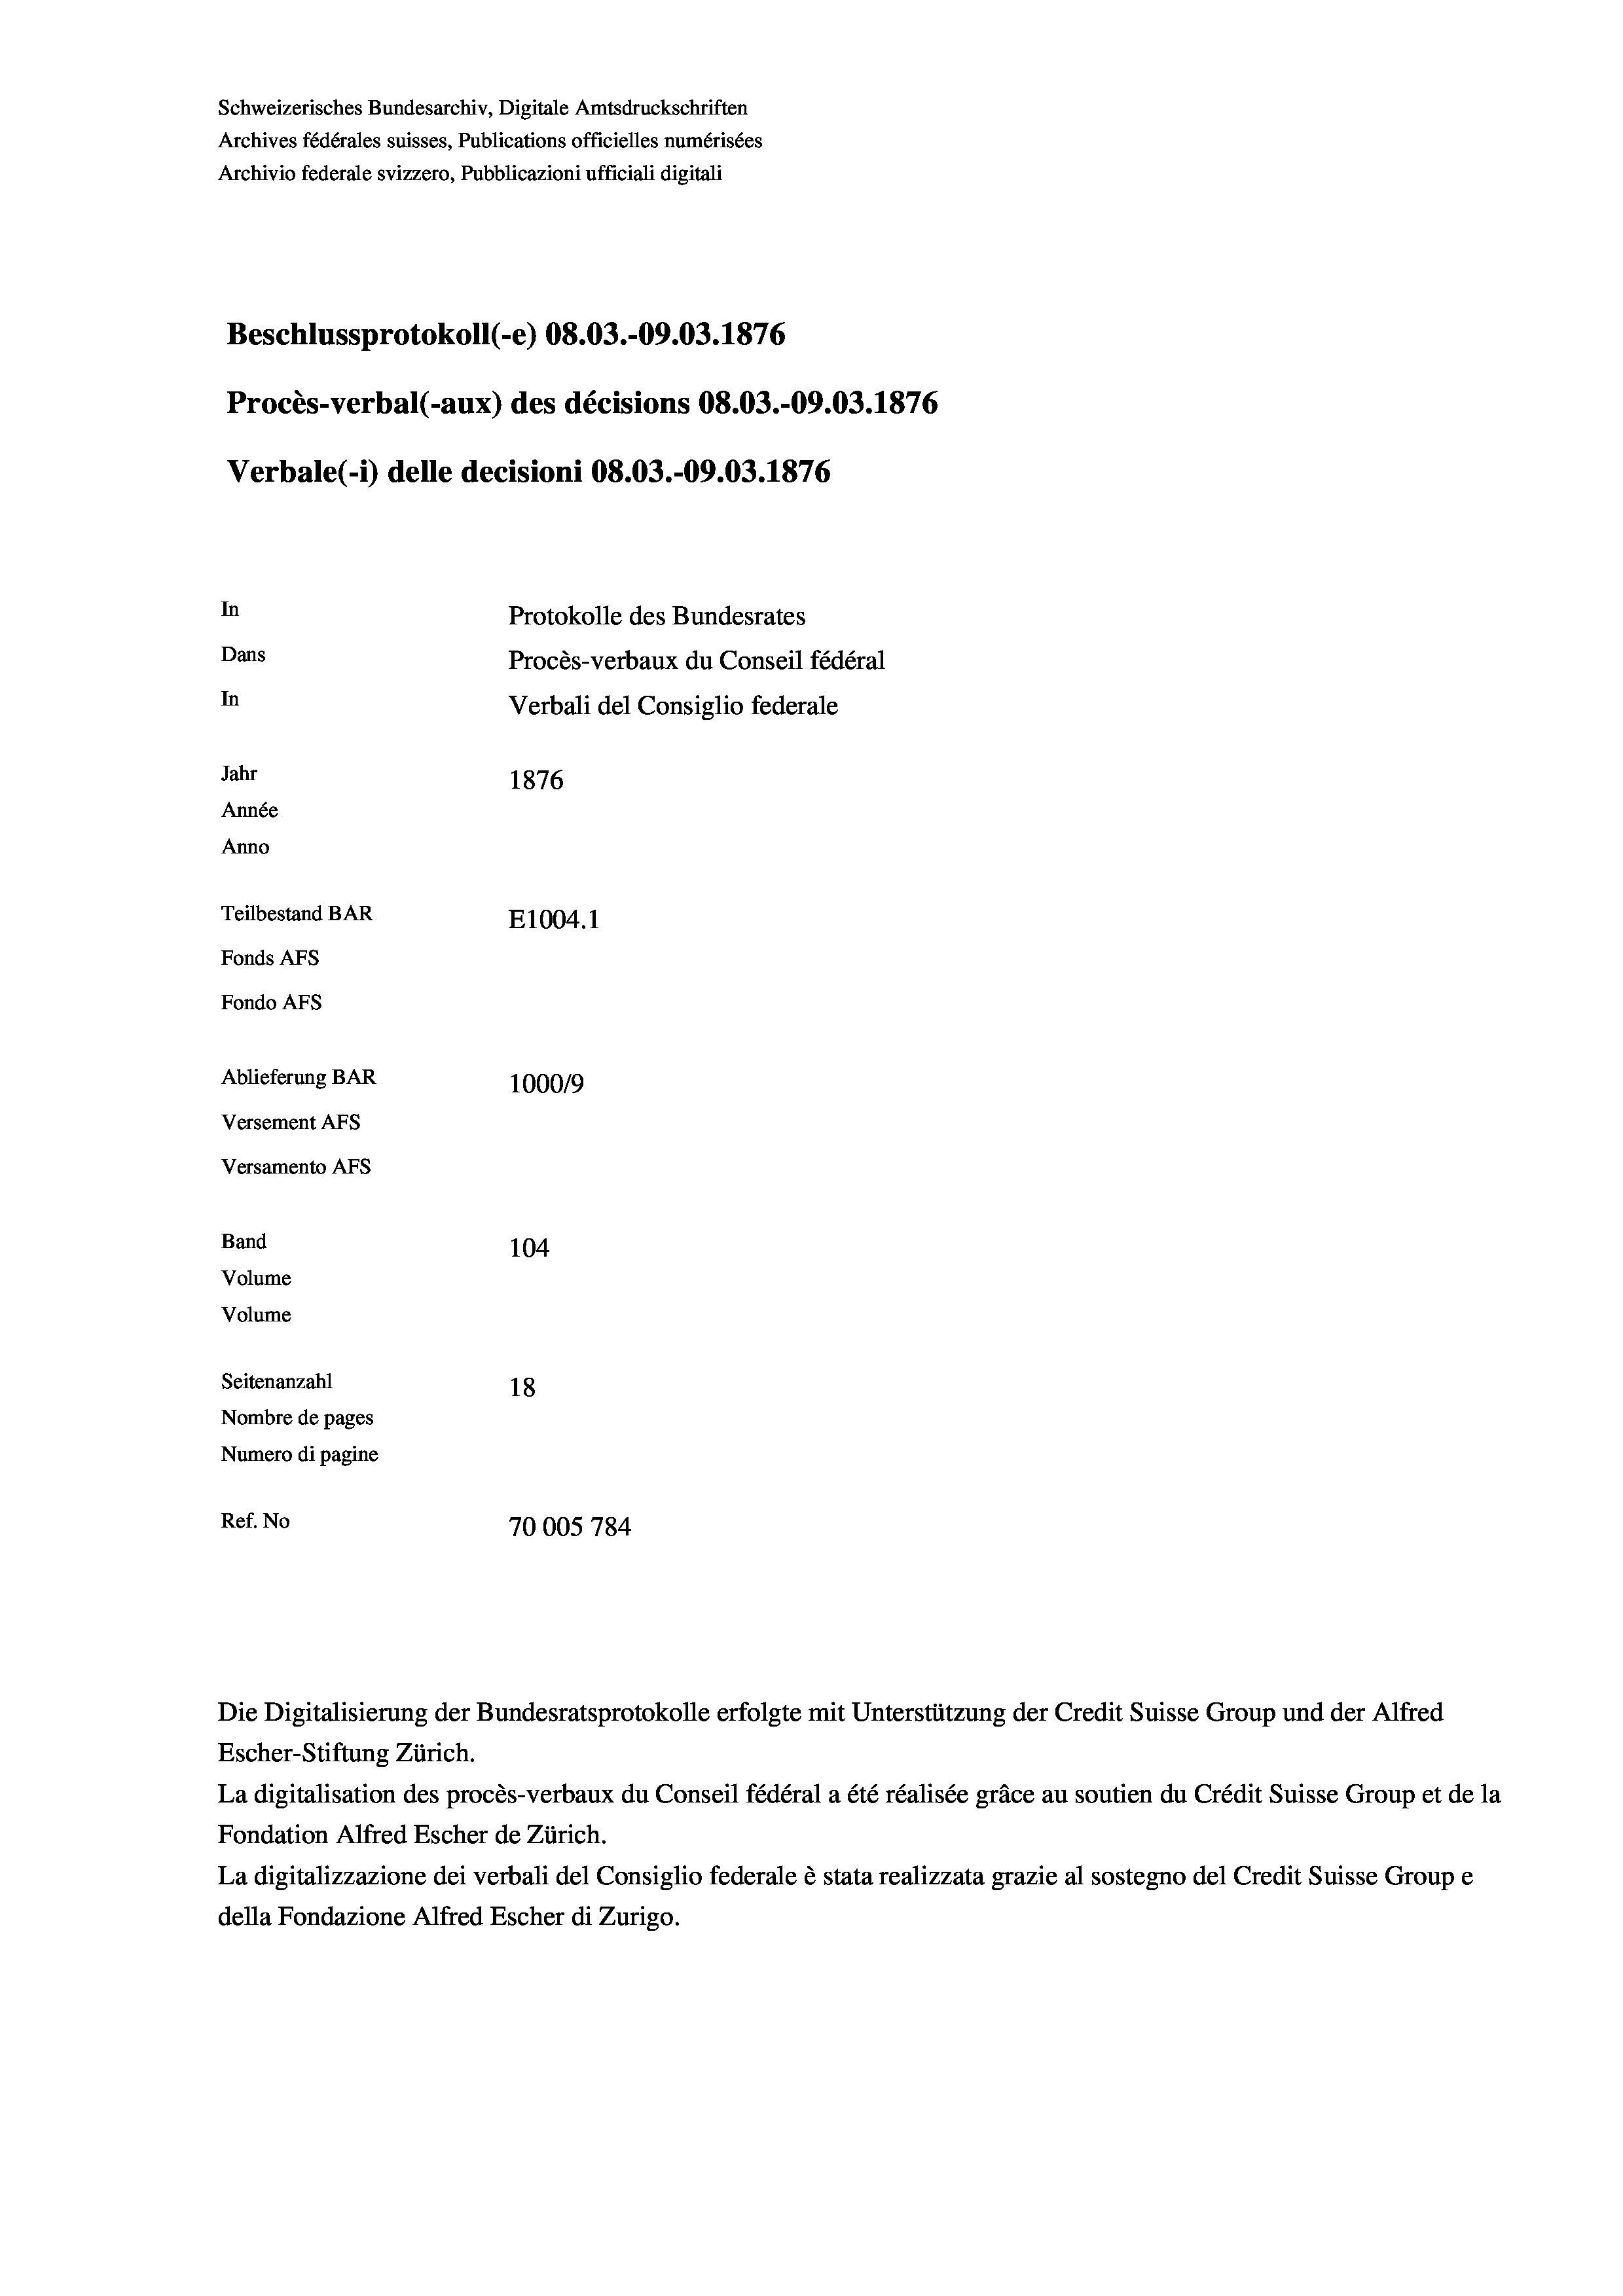
Schweizerisches Bundesarchiv, Digitale Amtsdruckschriften
Archives fédérales suisses, Publications officielles numérisées
Beschlussprotokoll (-e) 08.03.-09.03. 1876
Procès-verbal (-aux) des décisions 08.03.-09.03. 1876
In
Protokolle des Bundesrates
Dans
Procès-verbaux du Conseil fédéral
In
Verbali del Consiglio federale
Jahr
1876
Année
Anno
Teilbestand BAR
E1004.1
Fonds AFs
Fondo Afs
Ablieferung BAR
100019
Versement AFs

Versamento AFS
Band
Volume
Volume

Archivio federale svizzero, Pubblicazioni ufficiali digitali

Verbale (i) delle decisioni 08.03.-09.03. 1876

104
Seitenanzahl
18
Nombre de pages
Numero di pagine
Ref. No
70005 784

Escher-Stiftung Zürich.
La digitalisation des procès-verbaux du Conseil fédéral a été réalisée gräce au soutien du Crédit Suisse Group et de la
Fondation Alfred Escher de Zürich.
La digitalizzazione dei verbali del Consiglio federale è stata realizzata grazie al sostegno del Credit Suisse Groupe
della Fondazione Alfred Escher di Zurigo.

Die Digitalisierung der Bundesratsprotokolle erfolgte mit Unterstützung der Credit Suisse Group und der Alfred